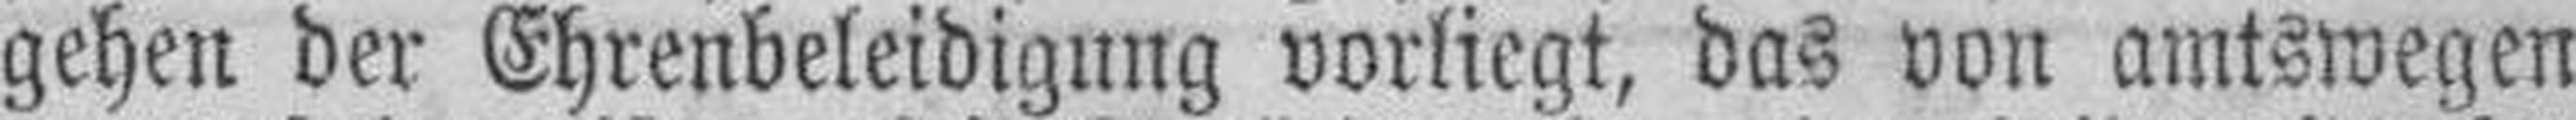
gehen der Ehrenbeleidigung vorliegt, das von amtswegen